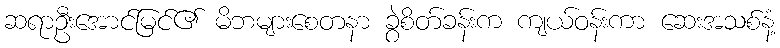
ဆရာဦးအောင်မြင်၏ မိဘများစေတနာ ခွဲစိတ်ခန်းက ကျယ်ဝန်းကာ ဆေးအသစ်နံ့